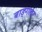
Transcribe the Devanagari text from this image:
बाङ्गला